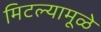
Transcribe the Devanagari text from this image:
मिटल्यामूळे